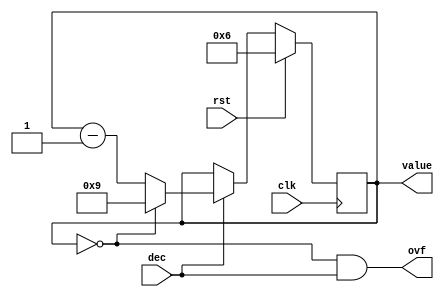
/*
   This file was generated automatically by Alchitry Labs version 1.2.7.
   Do not edit this file directly. Instead edit the original Lucid source.
   This is a temporary file and any changes made to it will be destroyed.
*/

/*
   Parameters:
     INIT = d6
*/
module decimal_counter_27 (
    input clk,
    input rst,
    input dec,
    output reg ovf,
    output reg [3:0] value
  );
  
  localparam INIT = 3'h6;
  
  
  reg [3:0] M_val_d, M_val_q = 3'h6;
  
  always @* begin
    M_val_d = M_val_q;
    
    value = M_val_q;
    ovf = M_val_q == 1'h0 && dec;
    if (dec) begin
      if (M_val_q == 1'h0) begin
        M_val_d = 4'h9;
      end else begin
        M_val_d = M_val_q - 1'h1;
      end
    end
  end
  
  always @(posedge clk) begin
    if (rst == 1'b1) begin
      M_val_q <= 3'h6;
    end else begin
      M_val_q <= M_val_d;
    end
  end
  
endmodule